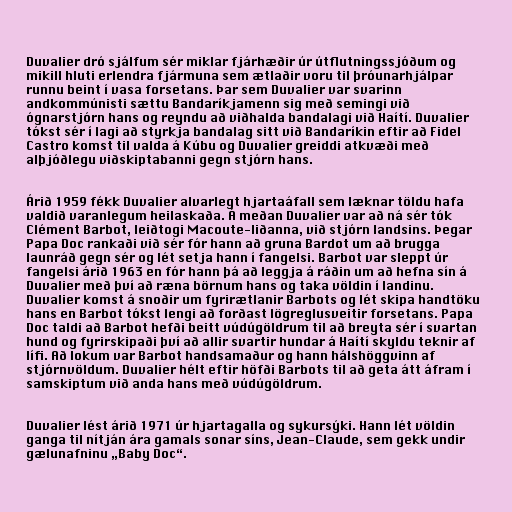
Duvalier dró sjálfum sér miklar fjárhæðir úr útflutningssjóðum og
mikill hluti erlendra fjármuna sem ætlaðir voru til þróunarhjálpar
runnu beint í vasa forsetans. Þar sem Duvalier var svarinn
andkommúnisti sættu Bandaríkjamenn sig með semingi við
ógnarstjórn hans og reyndu að viðhalda bandalagi við Haítí. Duvalier
tókst sér í lagi að styrkja bandalag sitt við Bandaríkin eftir að Fidel
Castro komst til valda á Kúbu og Duvalier greiddi atkvæði með
alþjóðlegu viðskiptabanni gegn stjórn hans.

Árið 1959 fékk Duvalier alvarlegt hjartaáfall sem læknar töldu hafa
valdið varanlegum heilaskaða. Á meðan Duvalier var að ná sér tók
Clément Barbot, leiðtogi Macoute-liðanna, við stjórn landsins. Þegar
Papa Doc rankaði við sér fór hann að gruna Bardot um að brugga
launráð gegn sér og lét setja hann í fangelsi. Barbot var sleppt úr
fangelsi árið 1963 en fór hann þá að leggja á ráðin um að hefna sín á
Duvalier með því að ræna börnum hans og taka völdin í landinu.
Duvalier komst á snoðir um fyrirætlanir Barbots og lét skipa handtöku
hans en Barbot tókst lengi að forðast lögreglusveitir forsetans. Papa
Doc taldi að Barbot hefði beitt vúdúgöldrum til að breyta sér í svartan
hund og fyrirskipaði því að allir svartir hundar á Haítí skyldu teknir af
lífi. Að lokum var Barbot handsamaður og hann hálshöggvinn af
stjórnvöldum. Duvalier hélt eftir höfði Barbots til að geta átt áfram í
samskiptum við anda hans með vúdúgöldrum.

Duvalier lést árið 1971 úr hjartagalla og sykursýki. Hann lét völdin
ganga til nítján ára gamals sonar síns, Jean-Claude, sem gekk undir
gælunafninu „Baby Doc“.